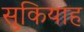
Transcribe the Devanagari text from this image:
सुकियाह